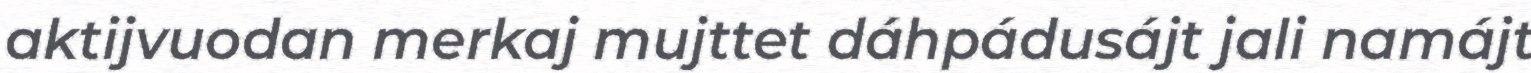
aktijvuodan merkaj mujttet dáhpádusájt jali namájt